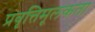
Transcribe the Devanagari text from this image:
प्रवृत्तिमूलकता